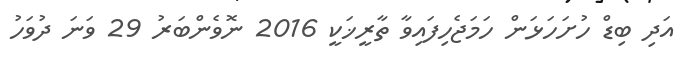
އަދި ބިޑް ހުށަހަޅަން ހަމަޖެހިފައިވާ ތާރީޚަކީ 2016 ނޮވެންބަރު 29 ވަނަ ދުވަހު